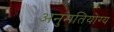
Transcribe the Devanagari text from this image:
अनुमतियोग्य